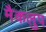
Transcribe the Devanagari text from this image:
मैकलुप